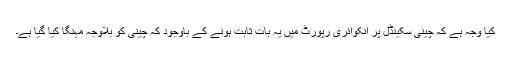
کیا وجہ ہے کہ چینی سکینڈل پر انکوائری رپورٹ میں یہ بات ثابت ہونے کے باوجود کہ چینی کو بلاوجہ مہنگا کیا گیا ہے۔